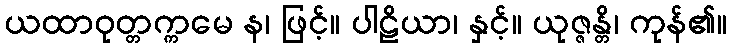
ယထာဝုတ္တက္ကမေ န၊ ဖြင့်။ ပါဠိယာ၊ နှင့်။ ယုဇ္ဇန္တိ၊ ကုန်၏။